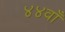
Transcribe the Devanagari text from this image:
४४वाँ